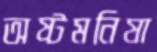
অষ্টমনিষা